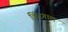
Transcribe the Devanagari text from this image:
किंरगाल